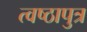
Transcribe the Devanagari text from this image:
त्वष्ठापुत्र